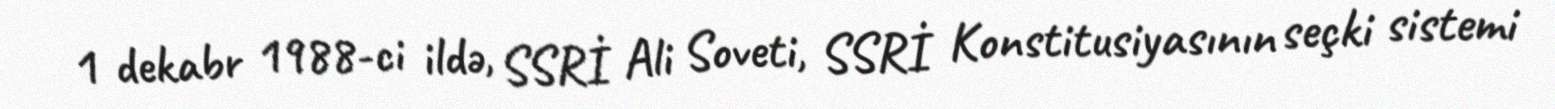
1 dekabr 1988-ci ildə, SSRİ Ali Soveti, SSRİ Konstitusiyasının seçki sistemi